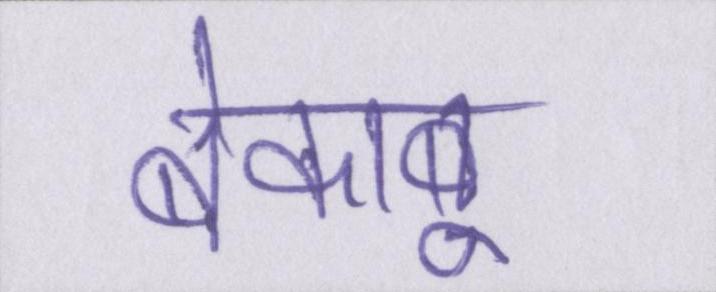
बेकाबू